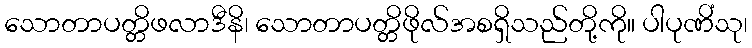
သောတာပတ္တိဖလာဒီနိ၊ သောတာပတ္တိဖိုလ်အစရှိသည်တို့ကို။ ပါပုဏိံသု၊